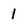
Character: l